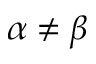
\alpha \ne \beta